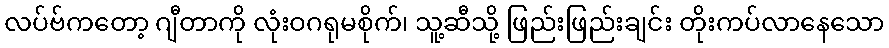
လပ်ဗ်ကတော့ ဂျီတာကို လုံးဝဂရုမစိုက်၊ သူ့ဆီသို့ ဖြည်းဖြည်းချင်း တိုးကပ်လာနေသော